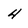
Character: 4